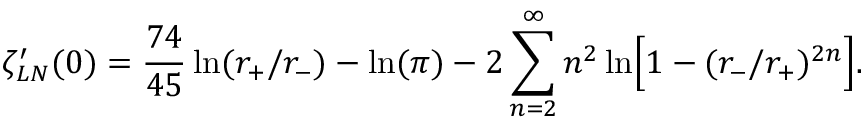
\zeta _ { L N } ^ { \prime } ( 0 ) = { \frac { 7 4 } { 4 5 } } \ln ( r _ { + } / r _ { - } ) - \ln ( \pi ) - 2 \sum _ { n = 2 } ^ { \infty } n ^ { 2 } \ln \Bigr [ 1 - ( r _ { - } / r _ { + } ) ^ { 2 n } \Bigr ] .